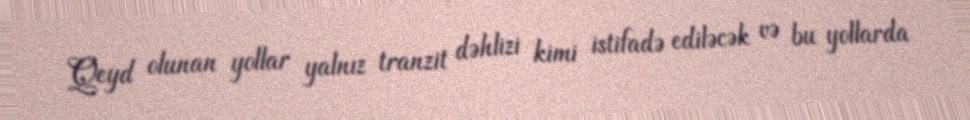
Qeyd olunan yollar yalnız tranzit dəhlizi kimi istifadə ediləcək və bu yollarda